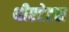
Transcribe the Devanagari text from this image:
थीएटेटस